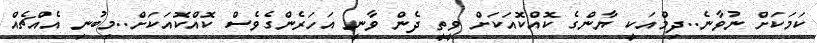
ކަމަކަށް ނުވާނެ..ދިމްއަކީ ޔާންގެ ކޮއްކޮއަކަށް ވީތީ ދެން ވާނީ އަހަރެންގެވެސް ކޮއްކޮއަކަށް..މިބުނި އެއްޗެއް